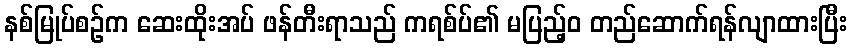
နစ်မြုပ်စဉ်က ဆေးထိုးအပ် ဖန်တီးရာသည် ကရစ်ပ်၏ မပြည့်ဝ တည်ဆောက်ရန်လျာထားပြီး